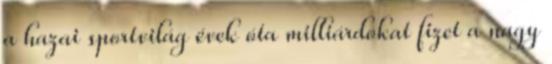
a hazai sportvilág évek óta milliárdokat fizet a nagy